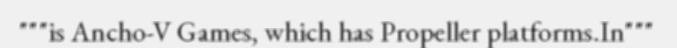
"""is Ancho-V Games, which has Propeller platforms.In"""